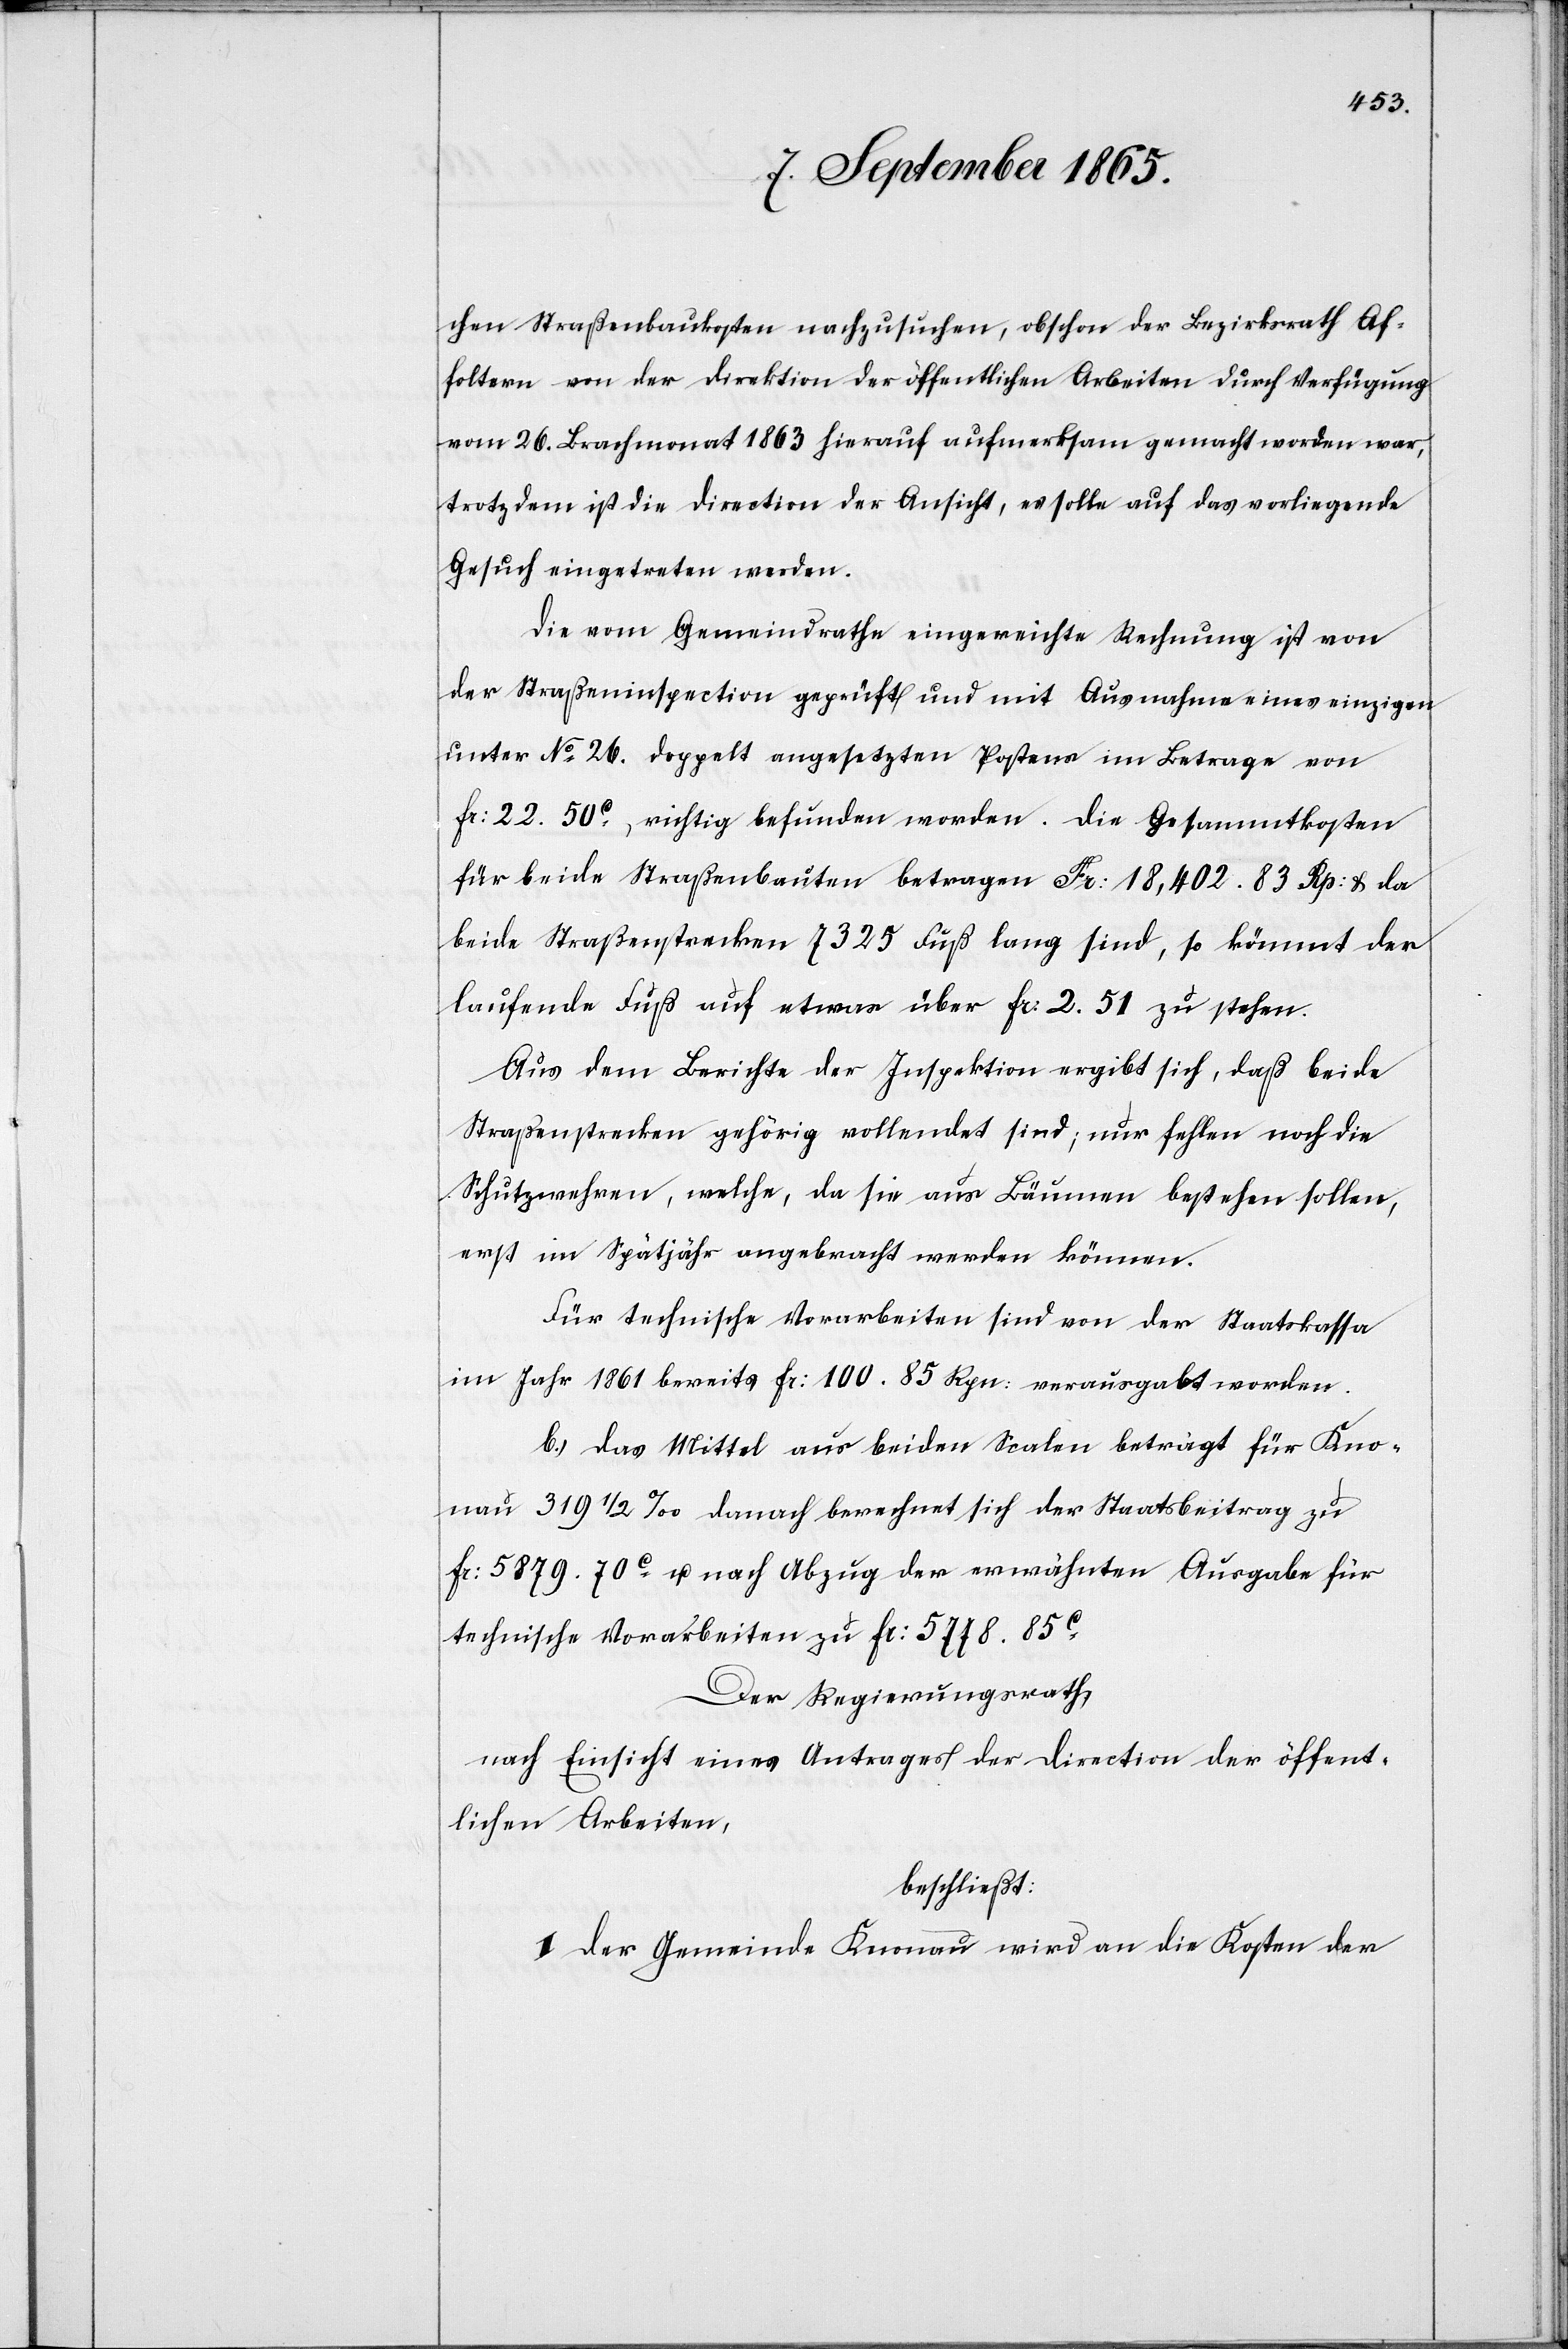
chen Straßenbauten nachzusuchen, obschon der Bezirksrath Af¬
foltern von der Direktion der öffentlichen Arbeiten durch Verfügung
vom 26. Brachmonat 1863 hierauf aufmerksam gemacht worden war,
trotz dem ist die Direction der Ansicht, es solle auf das vorliegende
Gesuch eingetreten werden.
Die vom Gemeindrathe eingereichte Rechnung ist von
der Straßeninspection geprüft und mit Ausnahme eines einzigen
unter No 26. doppelt angesetzten Postens im Betrage von
fr: 22. 50 c richtig befunden worden. Die Gesammtkosten
für beide Straßenbauten betragen Fr. 18,402. 83 Rp: u. da
beide Straßenstrecken 7325 Fuß lang sind, so kömmt der
laufende Fuß auf etwas über fr: 2. 51 zu stehen.
Aus dem Berichte der Inspektion ergibt sich, daß beide
Straßenbauten gehörig vollendet sind; nur fehlen noch die
Schutzwehren, welche, da sie aus Bäumen bestehen sollen,
erst im Spätjahr angebracht werden können.
Für technische Vorarbeiten sind von der Staatskassa
im Jahr 1861 bereits fr: 100. 85 Rpn: verausgabt worden.
b.) Das Mittel aus beiden Scalen beträgt für Kno¬
nau 319 1/2 ‰[.] Danach berechnet sich der Staatsbeitrag zu
fr: 5879. 70 c u. nach Abzug der erwähnten Ausgabe für
technische Vorarbeiten zu fr: 5778. 85 c.
Der Regierungsrath,
nach Einsicht eines Antrages der Direction der öffent¬
lichen Arbeiten,
beschließt:
I. Der Gemeinde Knonau wird an die Kosten der